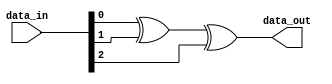
`timescale 1ns / 1ps
//////////////////////////////////////////////////////////////////////////////////
// Company: 
// Engineer: 
// 
// Design Name: 
// Module Name: streetlight
// Project Name: 
// Target Devices: 
// Tool Versions: 
// Description: 
// 
// Dependencies: 
// 
// Revision:
// Revision 0.01 - File Created
// Additional Comments:
// 
//////////////////////////////////////////////////////////////////////////////////


module streetlight(
    data_in, data_out
    );
    input [2:0] data_in;
    output data_out;
    assign data_out = data_in[0]^data_in[1]^data_in[2];
endmodule